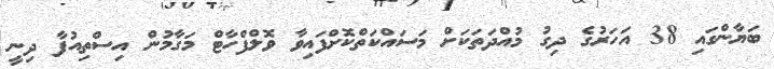
ބަޔާންގައި 38 އަހަރުގެ ދިގު މުއްދަތަކަށް މަސައްކަތްކޮށްފައިވާ ވޮލްފްހާޓް މަގާމުން އިސްތިއުފާ ދިނީ